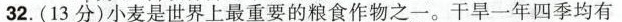
32.(13分)小麦是世界上最重要的粮食作物之一。干旱一年四季均有